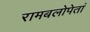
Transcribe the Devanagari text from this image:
रामबलोपेतां